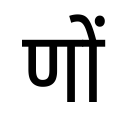
OCR:
णों